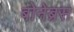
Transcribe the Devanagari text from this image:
बोनेब्रस